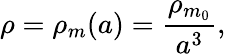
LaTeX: \rho=\rho_{m}(a)={\frac{\rho_{m_{0}}}{a^{3}}},